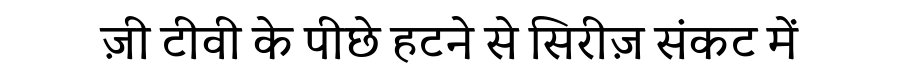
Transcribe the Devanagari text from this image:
ज़ी टीवी के पीछे हटने से सिरीज़ संकट में